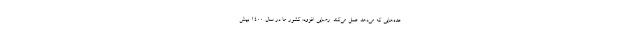
عده‌هایی که می‌دهد عمل می‌کند. رضایی افزود: کشور ما در سال ۱۴۰۰ بیش